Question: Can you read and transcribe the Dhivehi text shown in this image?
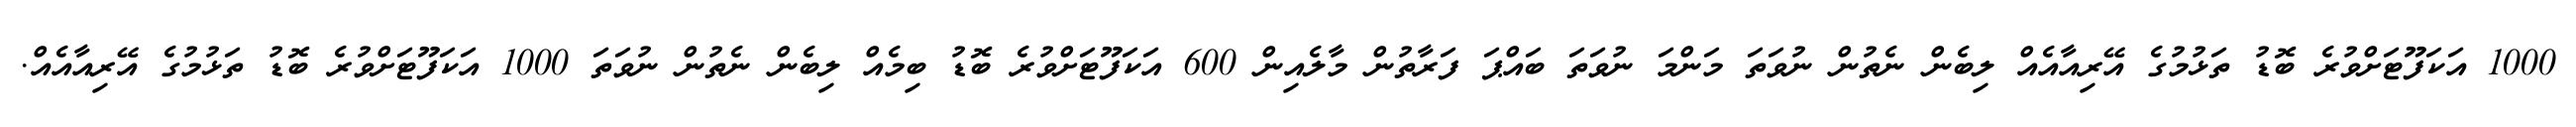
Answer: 1000 އަކަފޫޓަށްވުރެ ބޮޑު ތަޅުމުގެ އޭރިއާއެއް ލިބެން ނެތުން ނުވަތަ މަންމަ ނުވަތަ ބައްޕަ ފަރާތުން މާލެއިން 600 އަކަފޫޓަށްވުރެ ބޮޑު ބިމެއް ލިބެން ނެތުން ނުވަތަ 1000 އަކަފޫޓަށްވުރެ ބޮޑު ތަޅުމުގެ އޭރިއާއެއް.